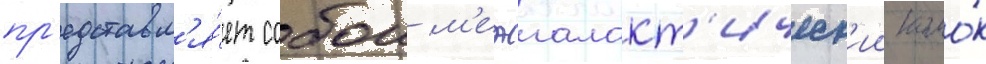
пр'едставл'я́ет собои м'ежгалакт'ическ'ии комо́к